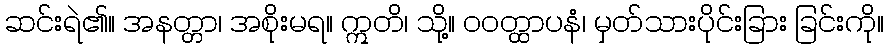
ဆင်းရဲ၏။ အနတ္တာ၊ အစိုးမရ။ ဣတိ၊ သို့။ ဝဝတ္ထာပနံ၊ မှတ်သားပိုင်းခြား ခြင်းကို။